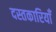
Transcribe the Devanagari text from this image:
दस्तकारियाँ